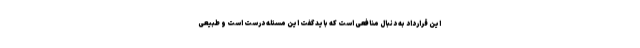
این قرارداد به دنبال منافعی است که باید گفت این مسئله درست است و طبیعی